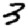
Digit: 3